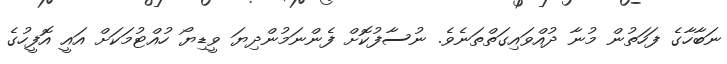
ނަބާހާގެ ފަހަތުން މުނާ ދުއްވައިގަތްތަނެވެ. ނުސާފުކޮށް ފެންނަމުންދިޔަ ވީޑިޔޯ ހުއްޓުމަކަށް އައީ އޮފީހުގެ